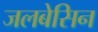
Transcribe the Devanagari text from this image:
जलबेसिन